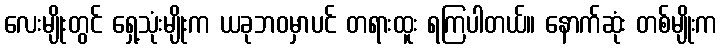
လေးမျိုးတွင် ရှေ့သုံးမျိုးက ယခုဘဝမှာပင် တရားထူး ရကြပါတယ်။ နောက်ဆုံး တစ်မျိုးက